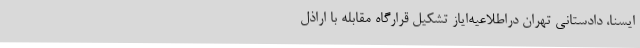
ایسنا، دادستانی تهران دراطلاعیه‌ایاز تشکیل قرارگاه مقابله با اراذل